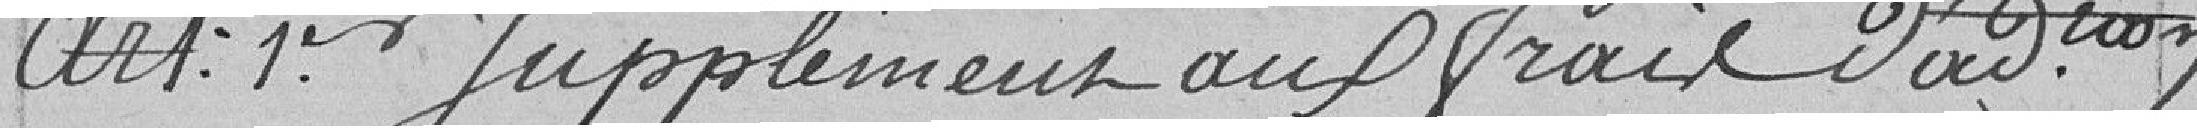
Art : 1er Supplément aux frais d'administration